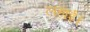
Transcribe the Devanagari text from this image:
लहाई।